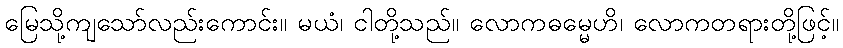
မြေသို့ကျသော်လည်းကောင်း။ မယံ၊ ငါတို့သည်။ လောကဓမ္မေဟိ၊ လောကတရားတို့ဖြင့်။